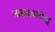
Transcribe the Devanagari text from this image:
नाझरबायेव्ह